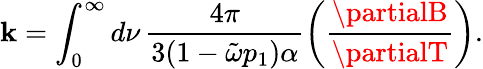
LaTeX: \mathbf{k}=\int_{0}^{\infty}d\nu\, \frac{{4\pi}}{{3(1-\tilde{{\omega}}p_{1})\alpha}}\left(\frac{{\partialB}}{{\partialT}}\right).